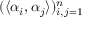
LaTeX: ( \langle \alpha _ { i } , \alpha _ { j } \rangle ) _ { i , j = 1 } ^ { n }